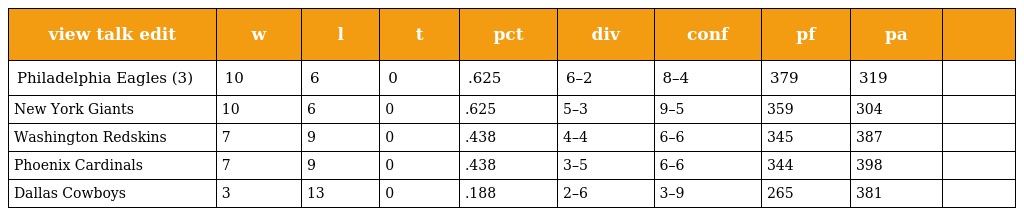
| view talk edit | w | l | t | pct | div | conf | pf | pa |  |
 | --- | --- | --- | --- | --- | --- | --- | --- | --- | --- |
 | Philadelphia Eagles (3) | 10 | 6 | 0 | .625 | 6–2 | 8–4 | 379 | 319 |  |
 | New York Giants | 10 | 6 | 0 | .625 | 5–3 | 9–5 | 359 | 304 |  |
 | Washington Redskins | 7 | 9 | 0 | .438 | 4–4 | 6–6 | 345 | 387 |  |
 | Phoenix Cardinals | 7 | 9 | 0 | .438 | 3–5 | 6–6 | 344 | 398 |  |
 | Dallas Cowboys | 3 | 13 | 0 | .188 | 2–6 | 3–9 | 265 | 381 |  |